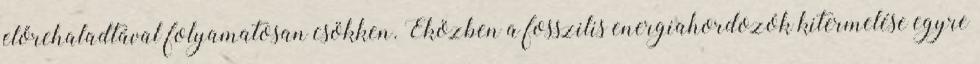
előrehaladtával folyamatosan csökken. Eközben a fosszilis energiahordozók kitermelése egyre